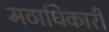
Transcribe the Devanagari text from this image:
मठाधिकारी